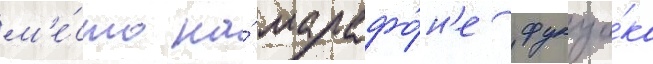
м'е́сто на́ марафо́н'е фукуо́ка